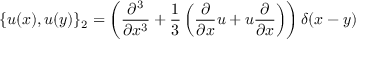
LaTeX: \{ u ( x ) , u ( y ) \} _ { 2 } = \left( { \frac { \partial ^ { 3 } } { \partial x ^ { 3 } } } + { \frac { 1 } { 3 } } \left( { \frac { \partial } { \partial x } } u + u { \frac { \partial } { \partial x } } \right) \right) \delta ( x - y )